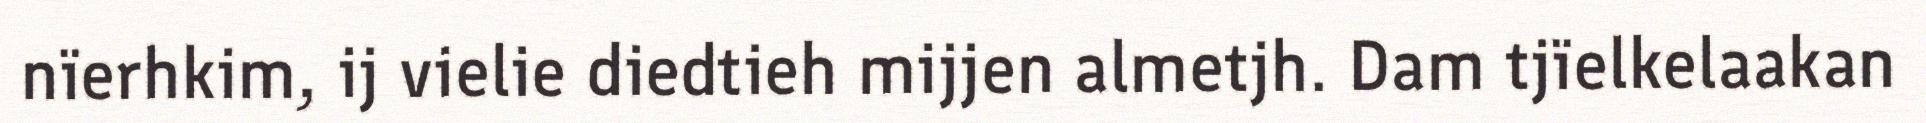
nïerhkim, ij vielie diedtieh mijjen almetjh. Dam tjïelkelaakan